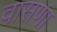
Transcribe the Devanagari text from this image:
वासणा